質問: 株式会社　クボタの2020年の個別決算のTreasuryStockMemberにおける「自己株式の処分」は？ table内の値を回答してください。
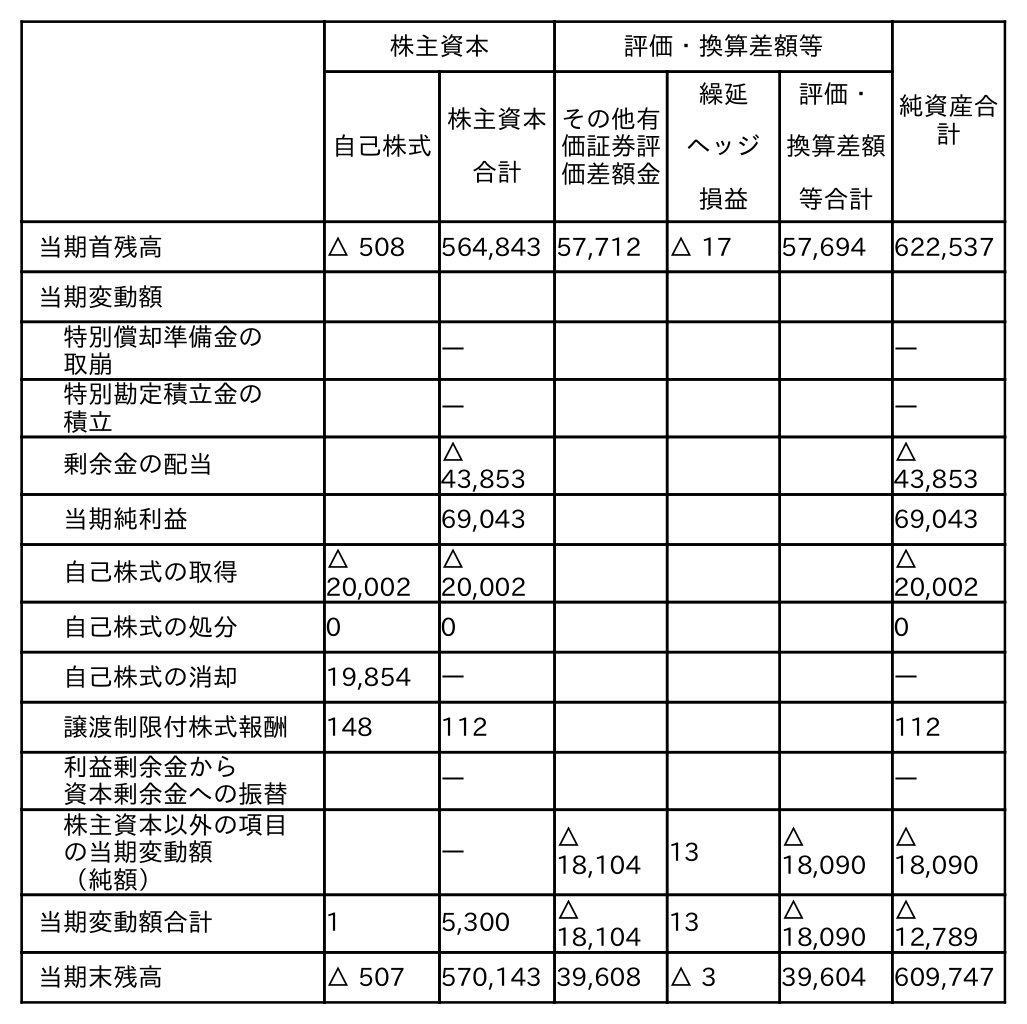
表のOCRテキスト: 株主資本 評価・換算差額等 純資産合 計 自己株式 株主資本 合計 その他有 価証券評 価差額金 繰延 ヘッジ 損益 評価・ 換算差額 等合計 当期首残高 △ 508 564,843 57,712 △ 17 57,694 622,537 当期変動額 特別償却準備金の 取崩 ― ― 特別勘定積立金の 積立 ― ― 剰余金の配当 △ 43,853 △ 43,853 当期純利益 69,043 69,043 自己株式の取得 △ 20,002 △ 20,002 △ 20,002 自己株式の処分 0 0 0 自己株式の消却 19,854 ― ― 譲渡制限付株式報酬 148 112 112 利益剰余金から 資本剰余金への振替 ― ― 株主資本以外の項目 の当期変動額 （純額） ― △ 18,104 13 △ 18,090 △ 18,090 当期変動額合計 1 5,300 △ 18,104 13 △ 18,090 △ 12,789 当期末残高 △ 507 570,143 39,608 △ 3 39,604 609,747
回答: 0